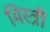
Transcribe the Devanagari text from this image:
मिस्‍त्री